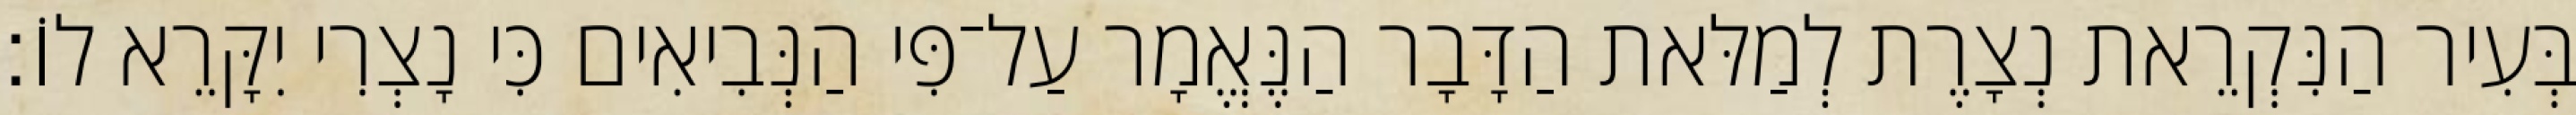
בְּעִיר הַנִּקְרֵאת נְצָרֶת לְמַלּאת הַדָּבָר הַנֶּאֱמָר עַל־פִּי הַנְּבִיאִים כִּי נָצְרִי יִקָּרֵא לוֹ׃